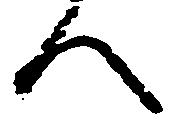
人